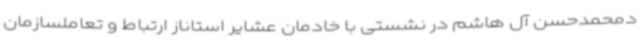
دمحمدحسن آل هاشم در نشستی با خادمان عشایر استاناز ارتباط و تعاملسازمان